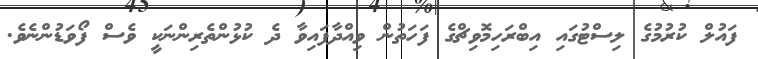
ފައުލް ކުރުމުގެ ލިސްޓުގައި އިބްރަހިމޮވިޗްގެ ފަހަތުން ވިއްދާފައިވާ ދެ ކުޅުންތެރިންނަކީ ވެސް ފޯވަޑުންނެވެ.